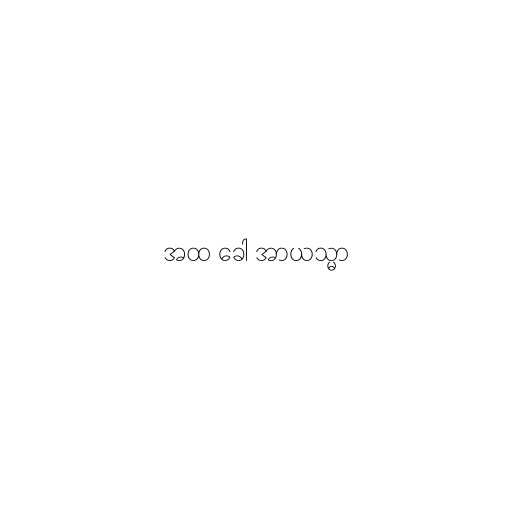
အထ ခေါ အာယသ္မာ